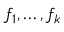
f _ { 1 } , \dots , f _ { k }